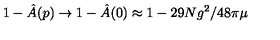
1 - \hat { A } ( p ) \rightarrow 1 - \hat { A } ( 0 ) \approx 1 - 2 9 N g ^ { 2 } / 4 8 \pi \mu